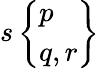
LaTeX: s\left\{ {\begin{array}{l}{p}\\ {q,r}\end{array}}\right\}